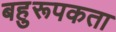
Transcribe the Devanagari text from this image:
बहुरूपकता